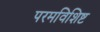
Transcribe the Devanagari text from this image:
परमविशिष्ट